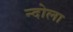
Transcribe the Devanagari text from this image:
न्दोला